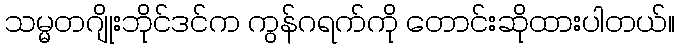
သမ္မတဂျိုးဘိုင်ဒင်က ကွန်ဂရက်ကို တောင်းဆိုထားပါတယ်။